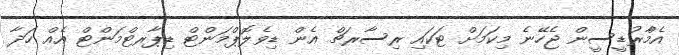
އެމްާރުޑީސީން ޖެހޭނެ މިކަމަށް ޓަކައި ރިސާރޗް އެން ޑިވެލޮޕްމަންޓް ޑިޕާރޓްމަންޓް އެއް ހަދާ